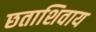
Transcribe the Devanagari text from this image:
छताशिवाय